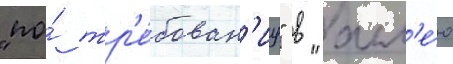
"по́ тр'е́бован'иу" в "алл'е́ю